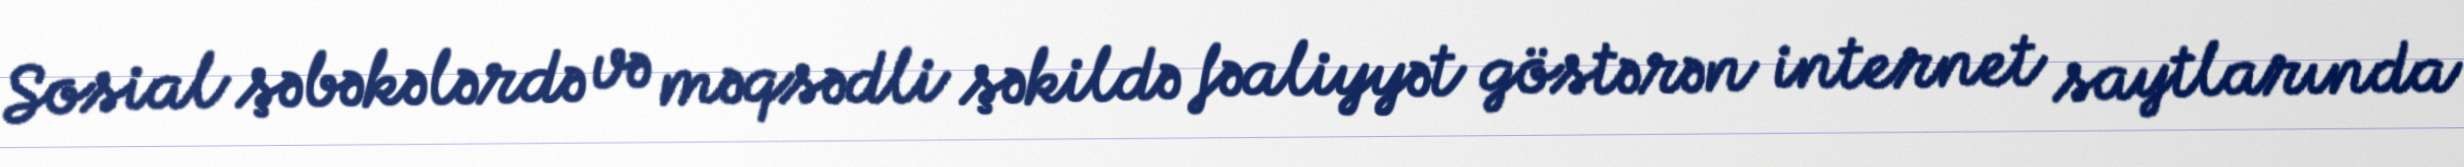
Sosial şəbəkələrdə və məqsədli şəkildə fəaliyyət göstərən internet saytlarında